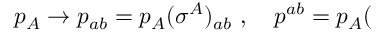
p _ { A } \rightarrow p _ { a b } = p _ { A } ( \sigma ^ { A } ) _ { a b } \ , \quad p ^ { a b } = p _ { A } (